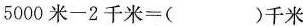
$$5 0 0 0 \text { 米 } - 2 \text { 千 米 } =$$()千 米